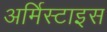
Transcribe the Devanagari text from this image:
अर्मिस्टाइस